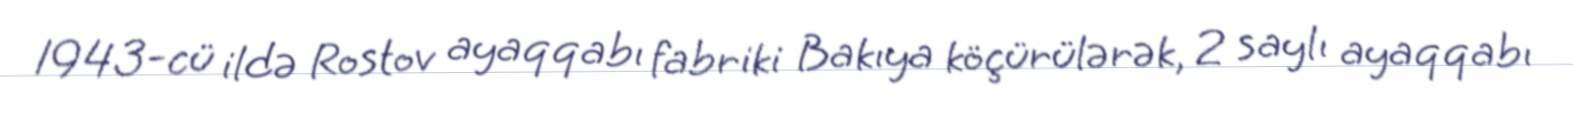
1943-cü ildə Rostov ayaqqabı fabriki Bakıya köçürülərək, 2 saylı ayaqqabı